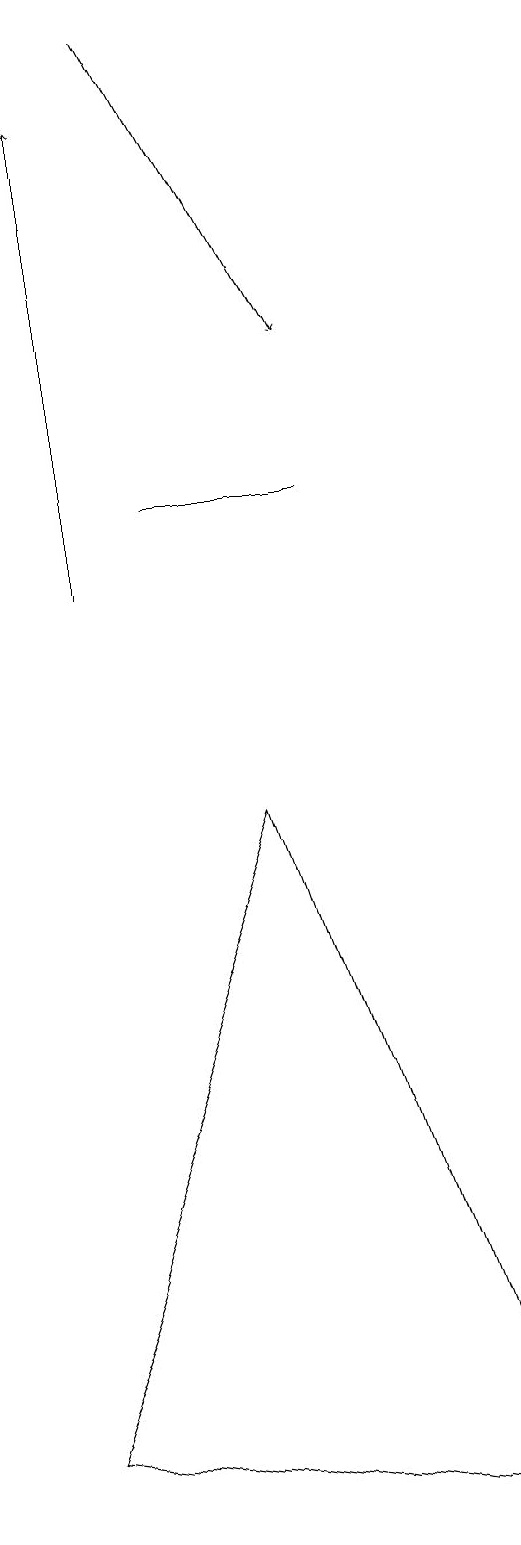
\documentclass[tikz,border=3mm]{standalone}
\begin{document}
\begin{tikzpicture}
\draw[->] (1,12) -- (1,18);
\draw (4,13) rectangle (2,13);
\draw (3,9) -- (6,0) -- (0,1) -- cycle;
\draw[->] (2,19) -- (4,15);
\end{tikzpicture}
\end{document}